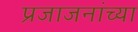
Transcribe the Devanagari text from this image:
प्रजाजनांच्या